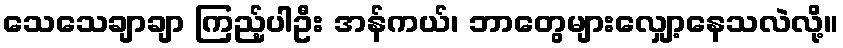
သေသေချာချာ ကြည့်ပါဦး အန်ကယ်၊ ဘာတွေများလျှော့နေသလဲလို့။